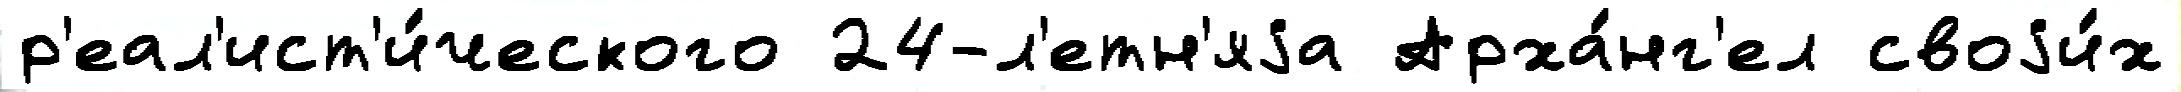
р'еал'ист'и́ческого 24-л'етн'яjа Арха́нг'ел своjи́х